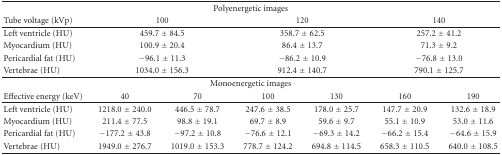
<table><thead><tr><td colspan="7"><b>Polyenergetic images</b></td></tr><tr><td><b>Tube voltage (kVp)</b></td><td colspan="2"><b>100</b></td><td colspan="2"><b>120</b></td><td colspan="2"><b>140</b></td></tr></thead><tbody><tr><td>Left ventricle (HU)</td><td colspan="2">459.7 ± 84.5</td><td colspan="2">358.7 ± 62.5</td><td colspan="2">257.2 ± 41.2</td></tr><tr><td>Myocardium (HU)</td><td colspan="2">100.9 ± 20.4</td><td colspan="2">86.4 ± 13.7</td><td colspan="2">71.3 ± 9.2</td></tr><tr><td>Pericardial fat (HU)</td><td colspan="2">−96.1 ± 11.3</td><td colspan="2">−86.2 ± 10.9</td><td colspan="2">−76.8 ± 13.0</td></tr><tr><td>Vertebrae (HU)</td><td colspan="2">1034.0 ± 156.3</td><td colspan="2">912.4 ± 140.7</td><td colspan="2">790.1 ± 125.7</td></tr><tr><td colspan="7">Monoenergetic images</td></tr><tr><td>Effective energy (keV)</td><td>40</td><td>70</td><td>100</td><td>130</td><td>160</td><td>190</td></tr><tr><td>Left ventricle (HU)</td><td>1218.0 ± 240.0</td><td>446.5 ± 78.7</td><td>247.6 ± 38.5</td><td>178.0 ± 25.7</td><td>147.7 ± 20.9</td><td>132.6 ± 18.9</td></tr><tr><td>Myocardium (HU)</td><td>211.4 ± 77.5</td><td>98.8 ± 19.1</td><td>69.7 ± 8.9</td><td>59.6 ± 9.7</td><td>55.1 ± 10.9</td><td>53.0 ± 11.6</td></tr><tr><td>Pericardial fat (HU)</td><td>−177.2 ± 43.8</td><td>−97.2 ± 10.8</td><td>−76.6 ± 12.1</td><td>−69.3 ± 14.2</td><td>−66.2 ± 15.4</td><td>−64.6 ± 15.9</td></tr><tr><td>Vertebrae (HU)</td><td>1949.0 ± 276.7</td><td>1019.0 ± 153.3</td><td>778.7 ± 124.2</td><td>694.8 ± 114.5</td><td>658.3 ± 110.5</td><td>640.0 ± 108.5</td></tr></tbody></table>